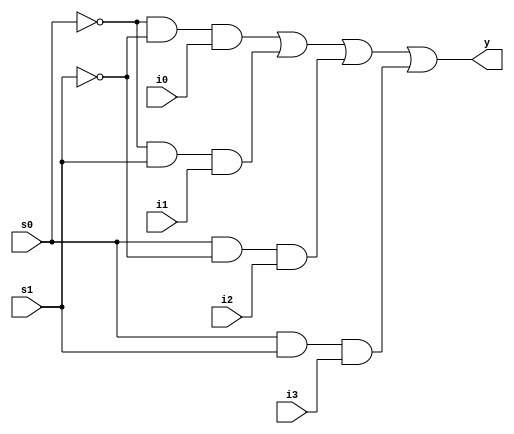
module mux4x1 (i0, i1, i2, i3, s0, s1, y);
input i0, i1, i2, i3, s0, s1;
output y;

wire  s0n,s1n,y0,y1,y2,y3;

not(s0n, s0);
not(s1n, s1);
and(y0, s0n, s1n, i0);
and(y1, s0n, s1, i1);
and(y2, s0, s1n, i2);
and(y3, s0, s1, i3);

or(y, y0, y1, y2, y3);

// y = (((~s0) & (~s1) & i0) | ((~s0) & s1 & i1) | (s0 & (~s1)& i2) | (s0 & s1 & i3));

endmodule